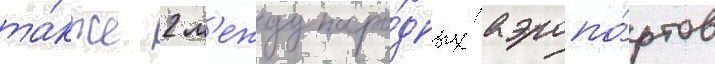
та́кже 2 м'еждунаро́дных аэропо́ртов